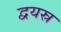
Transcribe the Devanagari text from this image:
द्वयस्र